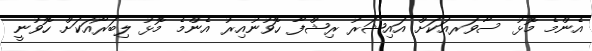
އެންމެ މޮޅު ސާވަރއަކަށް އައިޝަރު ރިޝްފާ ހޮވުނުއިރު އެންމެ މޮޅު ލިބަރޯއަކަށް ހޮވުނީ